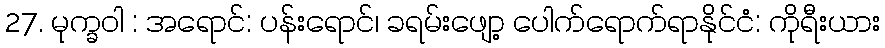
27. မုက္ခဝါ : အရောင်: ပန်းရောင်၊ ခရမ်းဖျော့ ပေါက်ရောက်ရာနိုင်ငံ: ကိုရီးယား